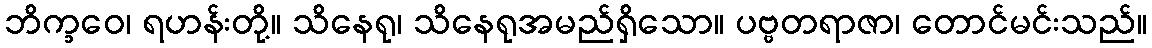
ဘိက္ခဝေ၊ ရဟန်းတို့။ သိနေရု၊ သိနေရုအမည်ရှိသော။ ပဗ္ဗတရာဇာ၊ တောင်မင်းသည်။